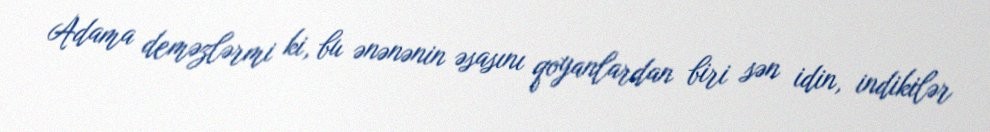
Adama deməzlərmi ki, bu ənənənin əsasını qoyanlardan biri sən idin, indikilər